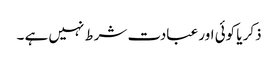
ذکر یا کوئی اور عبادت شرط نہیں ہے ۔